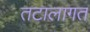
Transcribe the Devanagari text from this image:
तटालागत